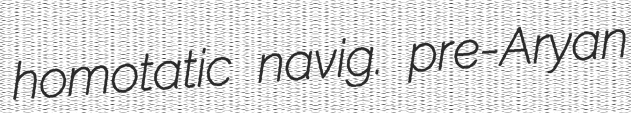
homotatic navig. pre-Aryan